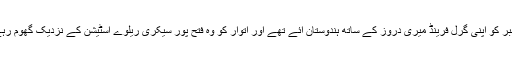
كيونٹين جرمي كلارك گزشتہ ماہ 30 ستمبر کو اپنی گرل فرینڈ میری دروز کے ساتھ ہندوستان آئے تھے اور اتوار کو وہ فتح پور سیکری ریلوے اسٹیشن کے نزدیک گھوم رہے تھے اور دونوں سیلفی لے رہے تھے ۔